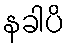
နခါပိ